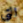
التي